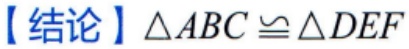
【结论】$\triangle ABC \cong \triangle DEF$